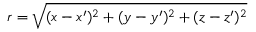
r = \sqrt { ( x - x ^ { \prime } ) ^ { 2 } + ( y - y ^ { \prime } ) ^ { 2 } + ( z - z ^ { \prime } ) ^ { 2 } }